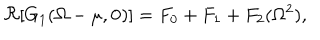
\Re [ G _ { 1 } ( \Omega - \mu , { \mathbf 0 } ) ] = F _ { 0 } + F _ { 1 } + F _ { 2 } ( \Omega ^ { 2 } ) ,